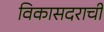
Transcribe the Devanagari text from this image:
विकासदराची